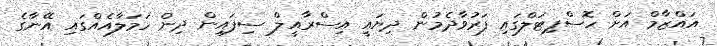
އައްޒާމް އަށް ހޮސްޕިޓަލްގައި ފަރުވާދެމުން ދިޔައީ އިސްރާއީލް ސިފައިން ދިން ހަމަލާއެއްގައި އޭނާގެ